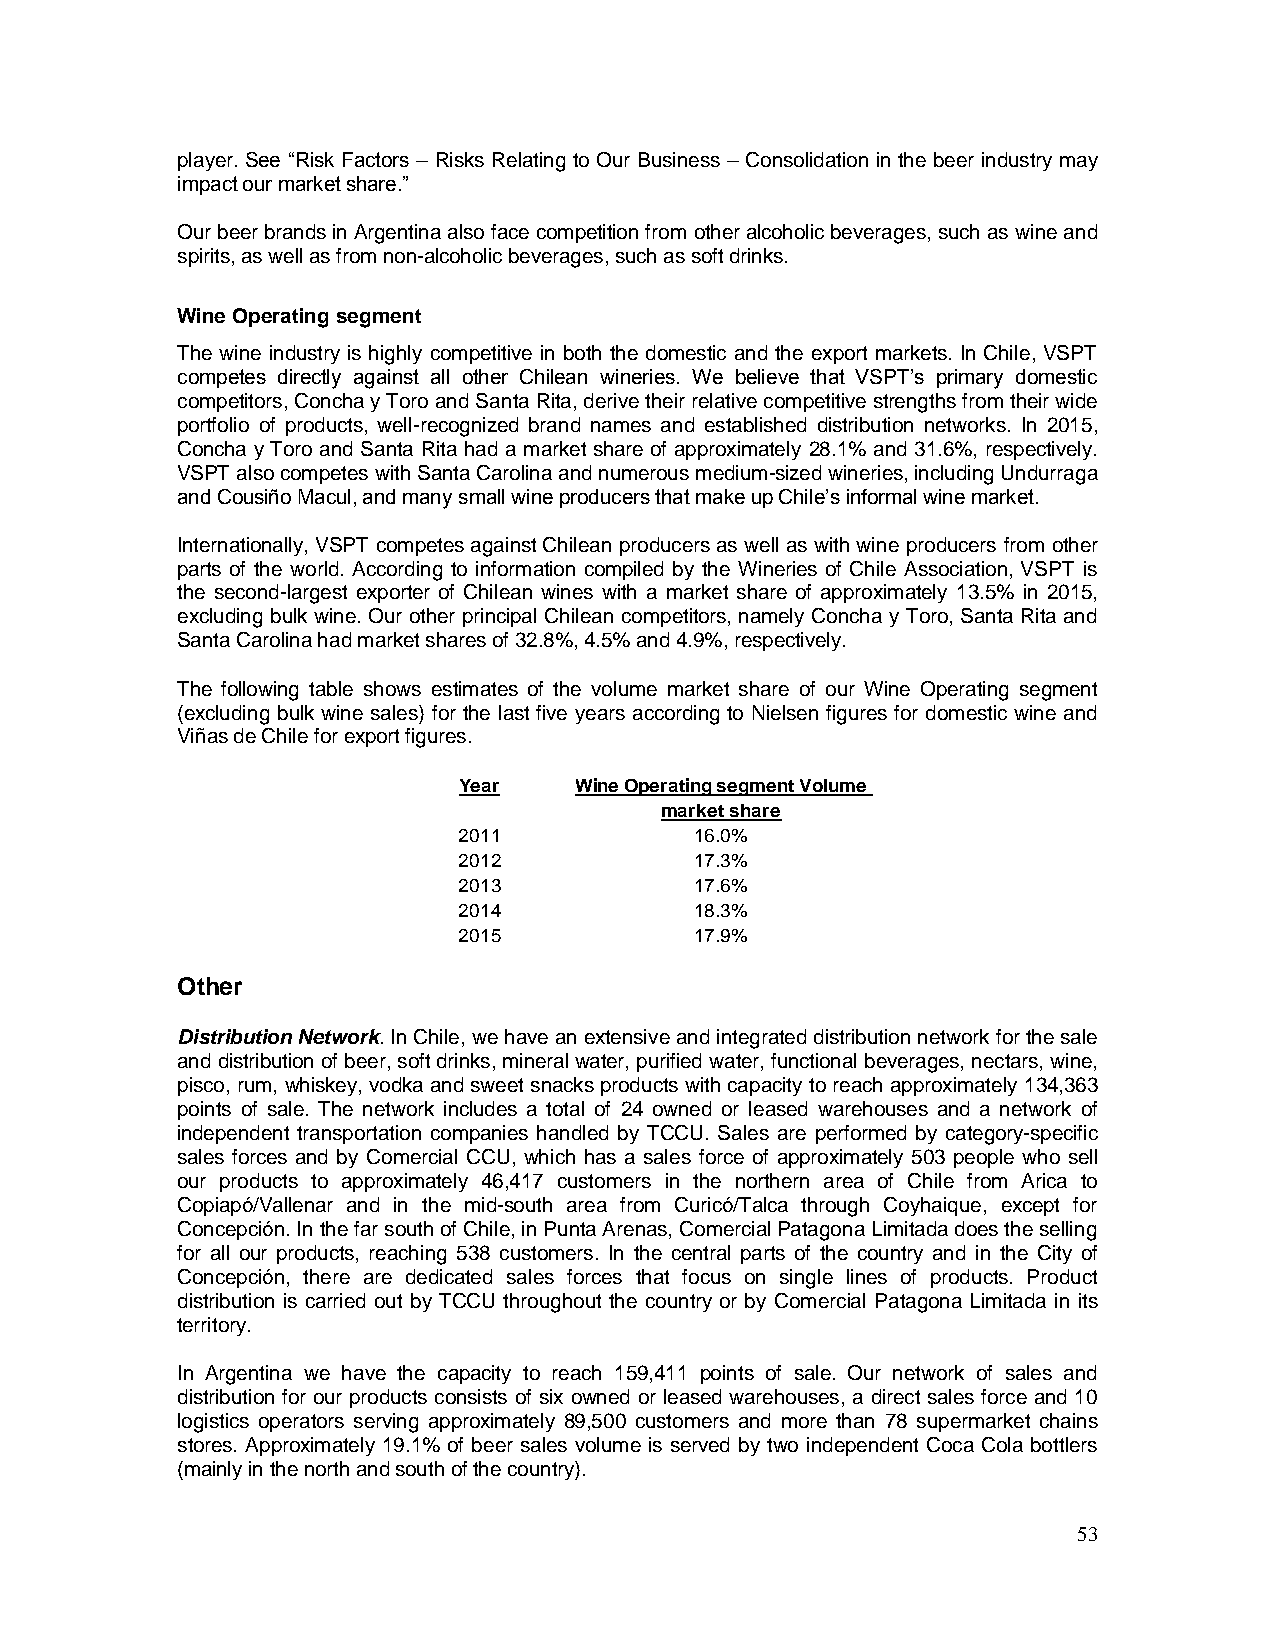
player. See “Risk Factors – Risks Relating to Our Business – Consolidation in the beer industry may
 impact our market share.”
 Our beer brands in Argentina also face competition from other alcoholic beverages, such as wine and
 spirits, as well as from non-alcoholic beverages, such as soft drinks.
 Wine Operating segment
 The wine industry is highly competitive in both the domestic and the export markets. In Chile, VSPT
 competes directly against all other Chilean wineries. We believe that VSPT’s primary domestic
 competitors, Concha y Toro and Santa Rita, derive their relative competitive strengths from their wide
 portfolio of products, well-recognized brand names and established distribution networks. In 2015,
 Concha y Toro and Santa Rita had a market share of approximately 28.1% and 31.6%, respectively.
 VSPT also competes with Santa Carolina and numerous medium-sized wineries, including Undurraga
 and Cousiño Macul, and many small wine producers that make up Chile’s informal wine market.
 Internationally, VSPT competes against Chilean producers as well as with wine producers from other
 parts of the world. According to information compiled by the Wineries of Chile Association, VSPT is
 the second-largest exporter of Chilean wines with a market share of approximately 13.5% in 2015,
 excluding bulk wine. Our other principal Chilean competitors, namely Concha y Toro, Santa Rita and
 Santa Carolina had market shares of 32.8%, 4.5% and 4.9%, respectively.
 The following table shows estimates of the volume market share of our Wine Operating segment
 (excluding bulk wine sales) for the last five years according to Nielsen figures for domestic wine and
 Viñas de Chile for export figures.
 Year    Wine Operating segment Volume
 market share
 2011            16.0%
 2012            17.3%
 2013            17.6%
 2014            18.3%
 2015            17.9%
 Other
 Distribution Network. In Chile, we have an extensive and integrated distribution network for the sale
 and distribution of beer, soft drinks, mineral water, purified water, functional beverages, nectars, wine,
 pisco, rum, whiskey, vodka and sweet snacks products with capacity to reach approximately 134,363
 points of sale. The network includes a total of 24 owned or leased warehouses and a network of
 independent transportation companies handled by TCCU. Sales are performed by category-specific
 sales forces and by Comercial CCU, which has a sales force of approximately 503 people who sell
 our products to approximately 46,417 customers in the northern area of Chile from Arica to
 Copiapó/Vallenar and in the mid-south area from Curicó/Talca through Coyhaique, except for
 Concepción. In the far south of Chile, in Punta Arenas, Comercial Patagona Limitada does the selling
 for all our products, reaching 538 customers. In the central parts of the country and in the City of
 Concepción, there are dedicated sales forces that focus on single lines of products. Product
 distribution is carried out by TCCU throughout the country or by Comercial Patagona Limitada in its
 territory.
 In Argentina we have the capacity to reach 159,411 points of sale. Our network of sales and
 distribution for our products consists of six owned or leased warehouses, a direct sales force and 10
 logistics operators serving approximately 89,500 customers and more than 78 supermarket chains
 stores. Approximately 19.1% of beer sales volume is served by two independent Coca Cola bottlers
 (mainly in the north and south of the country).
 53